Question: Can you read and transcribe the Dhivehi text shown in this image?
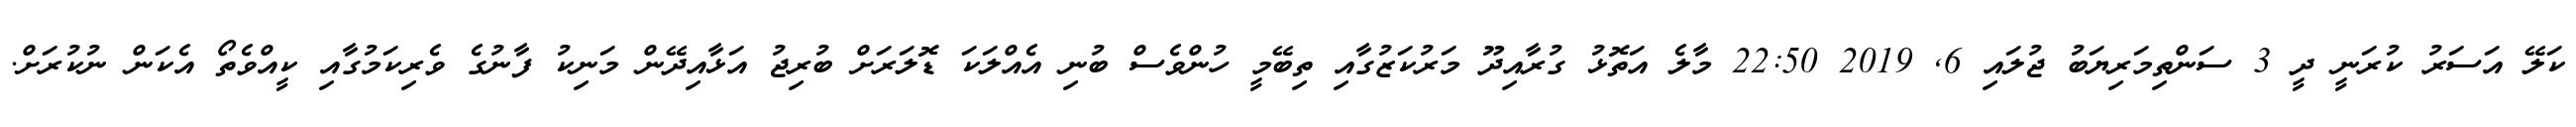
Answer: ކަލޭ އަސަރު ކުރަނީ ދީ 3 ސަންތިމަރިޔަބު ޖުލައި 6, 2019 22:50 މާލެ އަތޮޅު ގުރާއިދޫ މަރުކަޒުގާއި ތިބޭމީ ހުންވެސް ބުނި އެއްލަކަ ޑޮލަރަށް ބުރިޖު އަޅާއިދޭން މަނިކު ފާނުގެ ވެރިކަމުގާއި ކީއްވެތޯ އެކަން ނުކުރަށް.